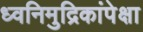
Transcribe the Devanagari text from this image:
ध्वनिमुद्रिकांपेक्षा